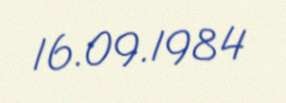
16.09.1984